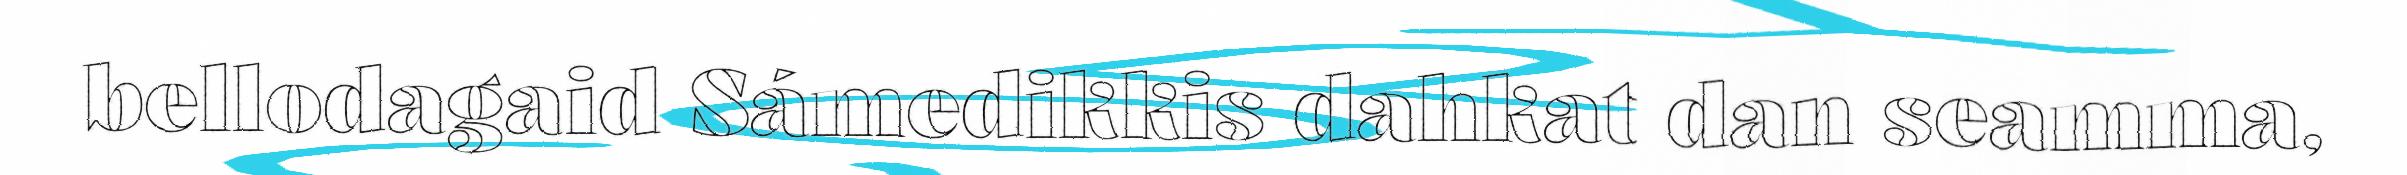
bellodagaid Sámedikkis dahkat dan seamma,